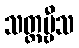
သတ္တဗ္ဗီသ